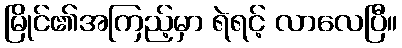
မြိုင်၏အကြည့်မှာ ရဲရင့် လာလေပြီ။